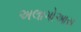
અલાગોઆસ